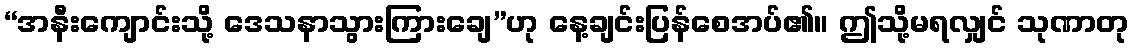
“အနီးကျောင်းသို့ ဒေသနာသွားကြားချေ”ဟု နေ့ချင်းပြန်စေအပ်၏။ ဤသို့မရလျှင် သုဏာတု